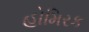
હોમિરક